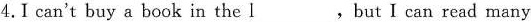
4.I can't buy a book in the \underline{I},butⅠcan read many